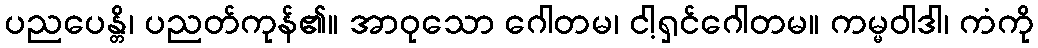
ပညပေန္တိ၊ ပညတ်ကုန်၏။ အာဝုသော ဂေါတမ၊ ငါ့ရှင်ဂေါတမ။ ကမ္မဝါဒါ၊ ကံကို